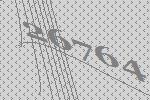
26764